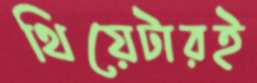
থিয়েটারই